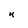
Character: u